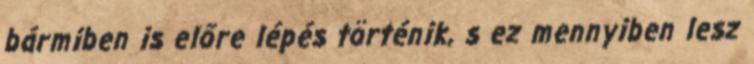
bármiben is előre lépés történik, s ez mennyiben lesz